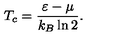
T _ { c } = \frac { \varepsilon - \mu } { k _ { B } \ln { 2 } } \/ .